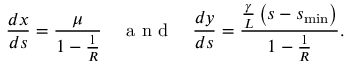
\frac { d x } { d s } = \frac { \mu } { 1 - \frac { 1 } { R } } ~ ~ ~ \mathrm { ~ a ~ n ~ d ~ } ~ ~ ~ \frac { d y } { d s } = \frac { \frac { \gamma } { L } \left( s - s _ { \mathrm { m i n } } \right) } { 1 - \frac { 1 } { R } } .